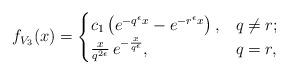
LaTeX: \begin{align*} f_{V_3}(x) =\begin{cases}c_1\left(e^{-q^{\epsilon}x} - e^{-r^{\epsilon}x}\right), & q \ne r; \\\frac{x}{q^{2\epsilon}} \, e^{-\frac{x}{q^{\epsilon}}}, & q = r,\end{cases}\end{align*}